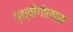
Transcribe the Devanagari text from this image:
पृथ्वीगोलास